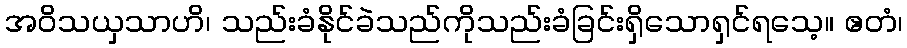
အဝိသယှသာဟိ၊ သည်းခံနိုင်ခဲသည်ကိုသည်းခံခြင်းရှိသောရှင်ရသေ့။ ဧတံ၊